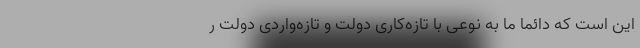
این است که دائما ما به نوعی با تازه‌کاری دولت و تازه‌واردی دولت ر